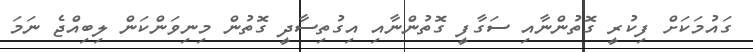
ގައުމަކަށް ފިކުރީ ގޮތުންނާއި ސަގާފީ ގޮތުންނާއި އިގުތިސާދީ ގޮތުން މިނިވަންކަން ލިބިއްޖެ ނަމަ